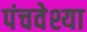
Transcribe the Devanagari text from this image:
पंचवेश्या